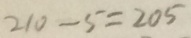
2 1 0 - 5 = 2 0 5